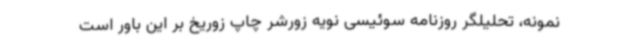
نمونه، تحلیلگر روزنامه سوئیسی نویه زورشر چاپ زوریخ بر این باور است